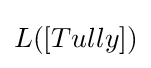
L([Tully])